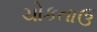
ચોકતાઉ